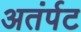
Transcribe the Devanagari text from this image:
अतंर्पट